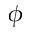
\phi